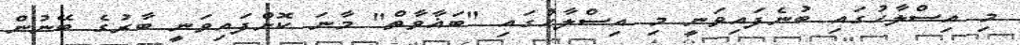
މި އިސްލާހުގައި ބުނެފައިވަނީ މި އިސްލާހުގައި "ބަޣާވާތް" މާނަ ކޮށްފައިވަނީ ބާރުގެ ބޭނުން